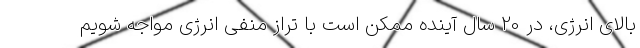
بالای انرژی، در 20 سال آینده ممکن است با تراز منفی انرژی مواجه شویم